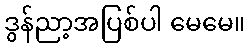
ဒွန်ညာ့အပြစ်ပါ မေမေ။